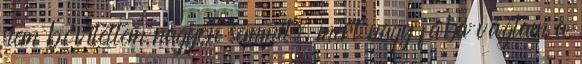
nem bővítettem nagyon semmit, mert nagy fába vágtam a